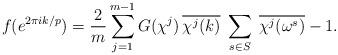
LaTeX: \begin{align*}f(e^{2\pi ik/p})=\frac{2}{m}\sum_{j=1}^{m-1}G(\chi^j)\,\overline{\chi^j(k)}\;\sum_{s\in S}\;\overline{\chi^j(\omega^s)}-1.\end{align*}